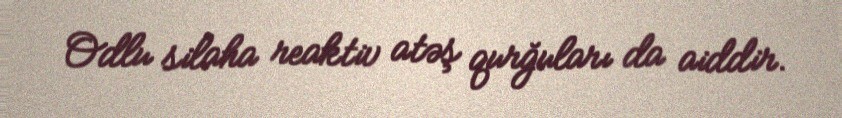
Odlu silaha reaktiv atəş qurğuları da aiddir.